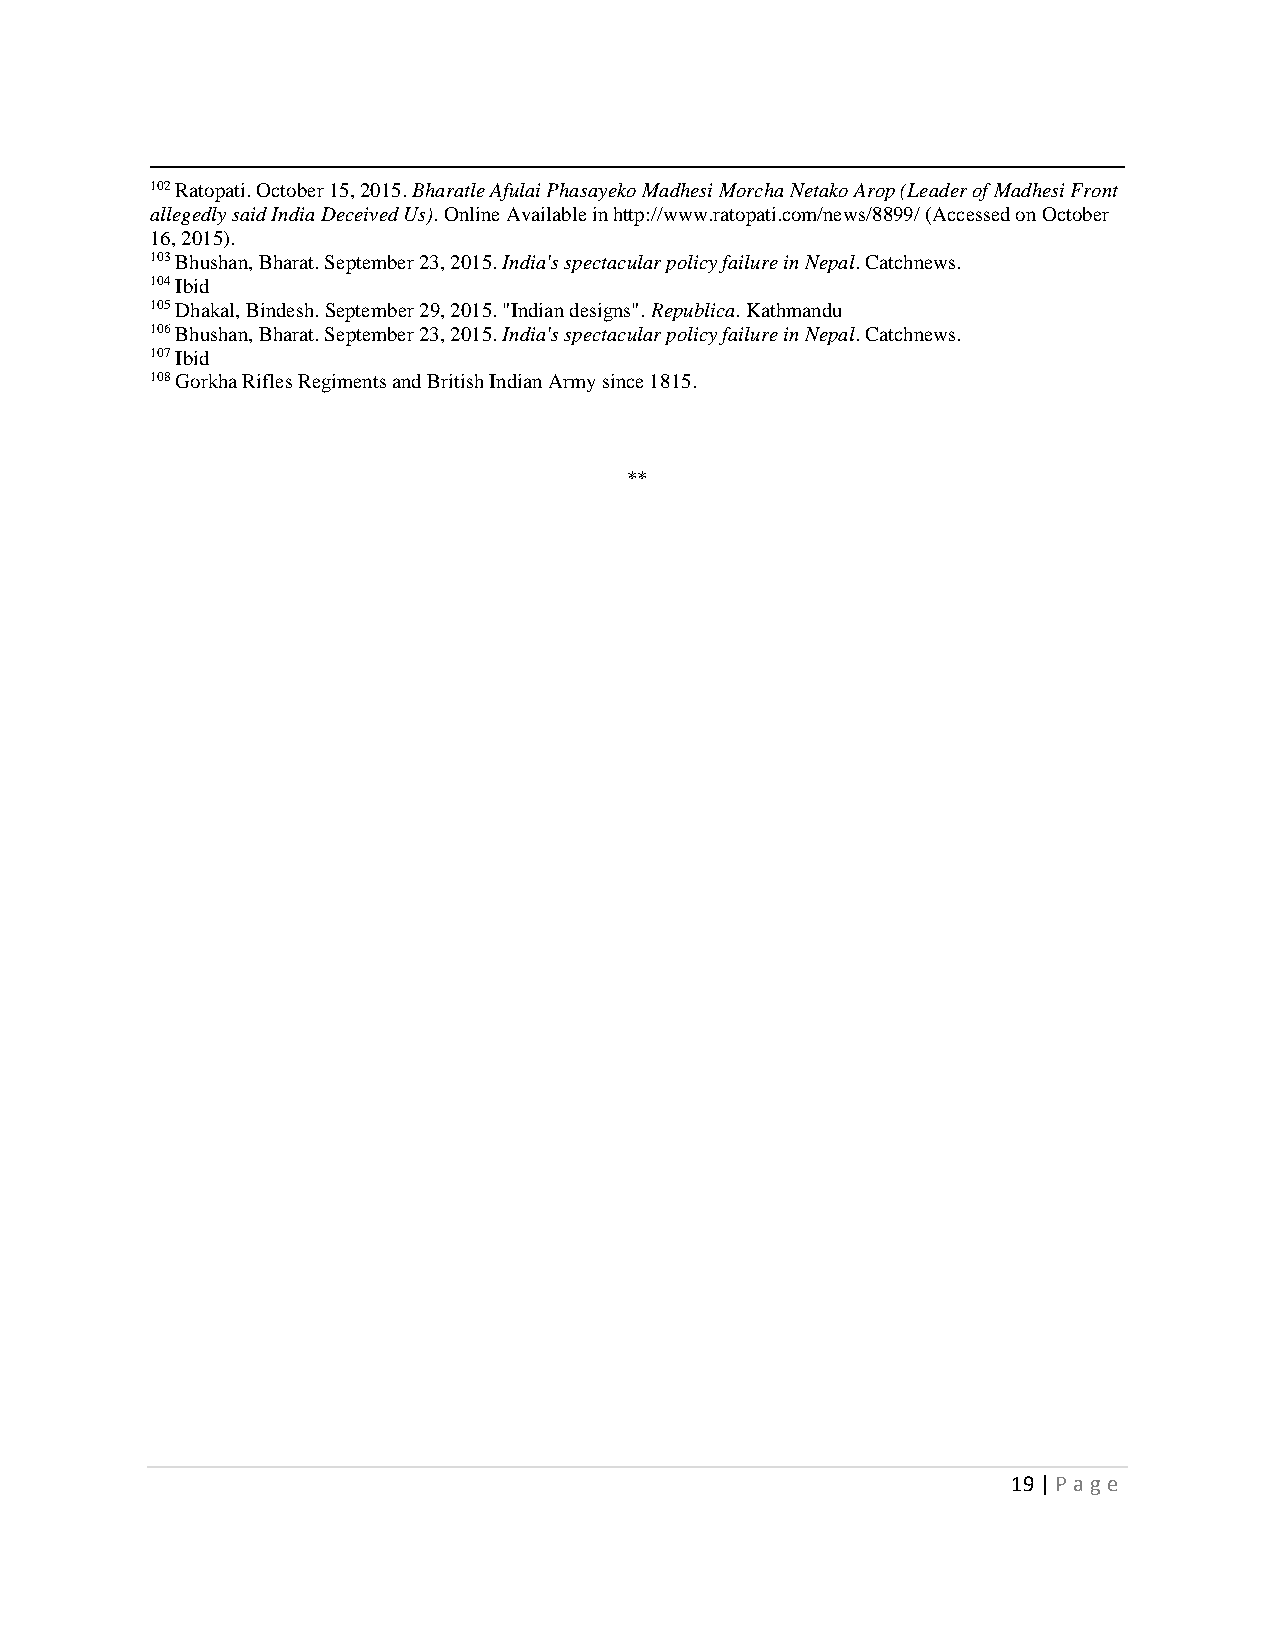
102 Ratopati. October 15, 2015. Bharatle Afulai Phasayeko Madhesi Morcha Netako Arop (Leader of Madhesi Front
 allegedly said India Deceived Us). Online Available in http://www.ratopati.com/news/8899/ (Accessed on October
 16, 2015).
 103 Bhushan, Bharat. September 23, 2015. India's spectacular policy failure in Nepal. Catchnews.
 104 Ibid
 105 Dhakal, Bindesh. September 29, 2015. "Indian designs". Republica. Kathmandu
 106 Bhushan, Bharat. September 23, 2015. India's spectacular policy failure in Nepal. Catchnews.
 107 Ibid
 108 Gorkha Rifles Regiments and British Indian Army since 1815.
 **
 19 | P age